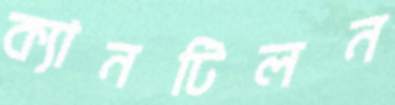
ক্যানটিলন